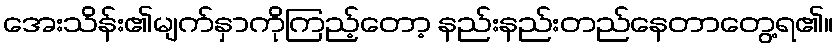
အေးသိန်း၏မျက်နှာကိုကြည့်တော့ နည်းနည်းတည်နေတာတွေ့ရ၏။